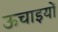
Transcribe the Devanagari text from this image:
ऊचाइयों